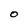
Character: 0